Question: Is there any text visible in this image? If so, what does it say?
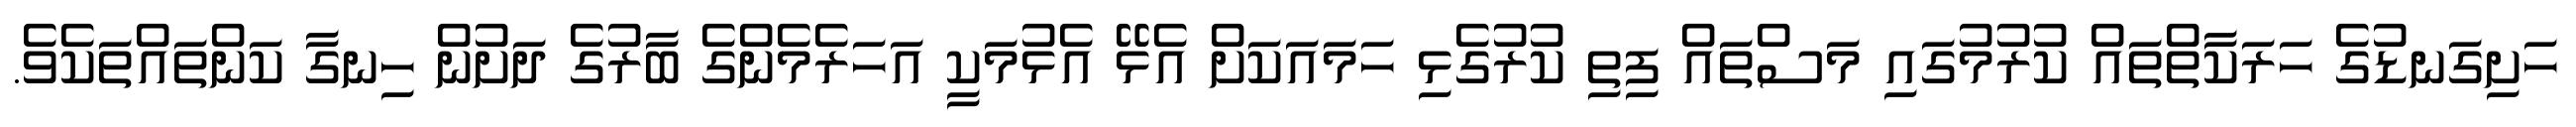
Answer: ހަށިގަނޑުގެ ހަރަކާތްތައް ކުރުމުގައި މަސްތައް ފިތި ކުރުގެޅި ހަމައަކަށް އެޅޭ އެޅުމަކީ އަހަރެމެންގެ ބާރުގެ ދަށުން ހިނގާ ކަންތައްތަކެވެ.